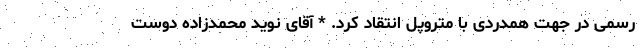
رسمی در جهت همدردی با متروپل انتقاد کرد. * آقای نوید محمدزاده دوست